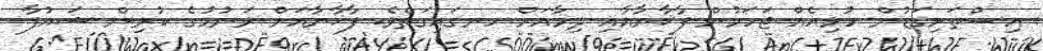
އިސްތަށިގަޑުން ހުޅިއެއް ޖަހަމުން ފާޚާނާއާއި ދިމާއަށް ހނގައިގަތެވެ. ފާޚާނާއަށް ވަނުމުގެ ކުރިން ޝައުފާ